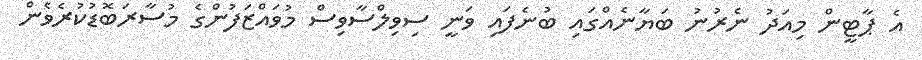
އެ ޕާޓީން މިއަދު ނެރުނު ބަޔާނެއްގައި ބުނެފައި ވަނީ ސިވިލްސާވިސް މުވައްޒަފުންގެ މުސާރަބޮޑުކުރެވެން